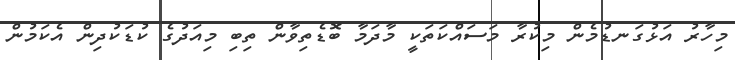
މިހާރު އަޅުގަނޑުމެން މިކުރާ މަސައްކަތަކީ މާދަމާ ބޮޑެތިވާން ތިބި މިއަދުގެ ކުޑަކުދިން އެކަމުން